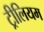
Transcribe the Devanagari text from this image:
ट्रीलियम